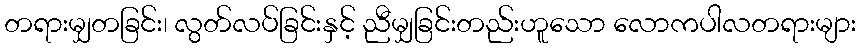
တရားမျှတခြင်း၊ လွတ်လပ်ခြင်းနှင့် ညီမျှခြင်းတည်းဟူသော လောကပါလတရားများ